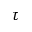
\tau